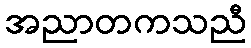
အညာတကသညီ